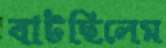
বাটছিলেম